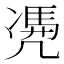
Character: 𠙥